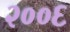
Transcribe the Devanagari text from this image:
२००६